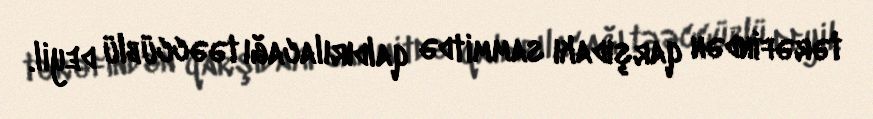
tərəfindən qarşıdakı sammitdə qaldırılacağı təəccüblü deyil.